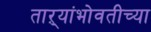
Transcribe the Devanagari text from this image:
ताऱ्यांभोवतीच्या